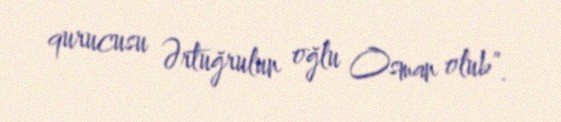
qurucusu Ərtuğrulun oğlu Osman olub”.